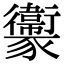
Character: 𧲔